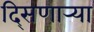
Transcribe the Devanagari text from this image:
दि्सणार्‍या